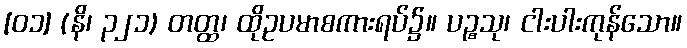
[၀၁] (နိ၊ ၃၂၁) တတ္ထ၊ ထိုဥပမာစကားရပ်၌။ ပဉ္စသု၊ ငါးပါးကုန်သော။